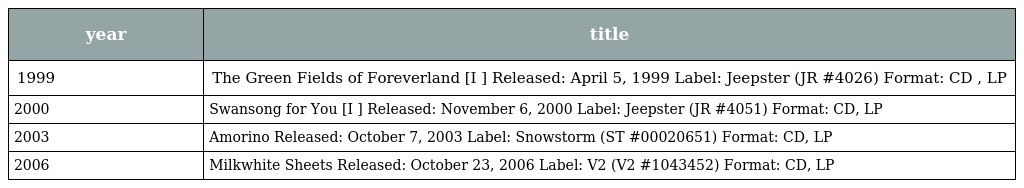
| year | title |
 | --- | --- |
 | 1999 | The Green Fields of Foreverland [I ] Released: April 5, 1999 Label: Jeepster (JR #4026) Format: CD , LP |
 | 2000 | Swansong for You [I ] Released: November 6, 2000 Label: Jeepster (JR #4051) Format: CD, LP |
 | 2003 | Amorino Released: October 7, 2003 Label: Snowstorm (ST #00020651) Format: CD, LP |
 | 2006 | Milkwhite Sheets Released: October 23, 2006 Label: V2 (V2 #1043452) Format: CD, LP |